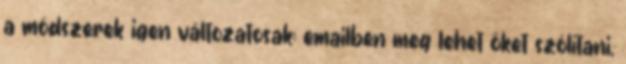
a módszerek igen változatosak: emailben meg lehet őket szólítani,